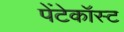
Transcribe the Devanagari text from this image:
पेंटेकॉस्ट